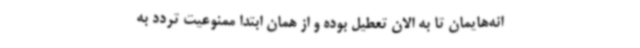
انه‌هایمان تا به الان تعطیل بوده و از همان ابتدا ممنوعیت تردد به